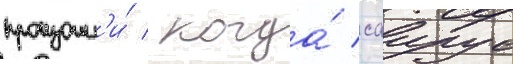
произошл'и́ / когда́ саирус